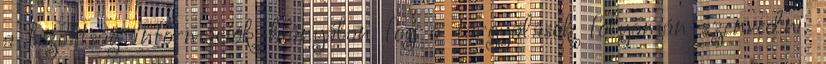
a bizottság információk hiányában fog a tárgyalások folyamán szenvedni.